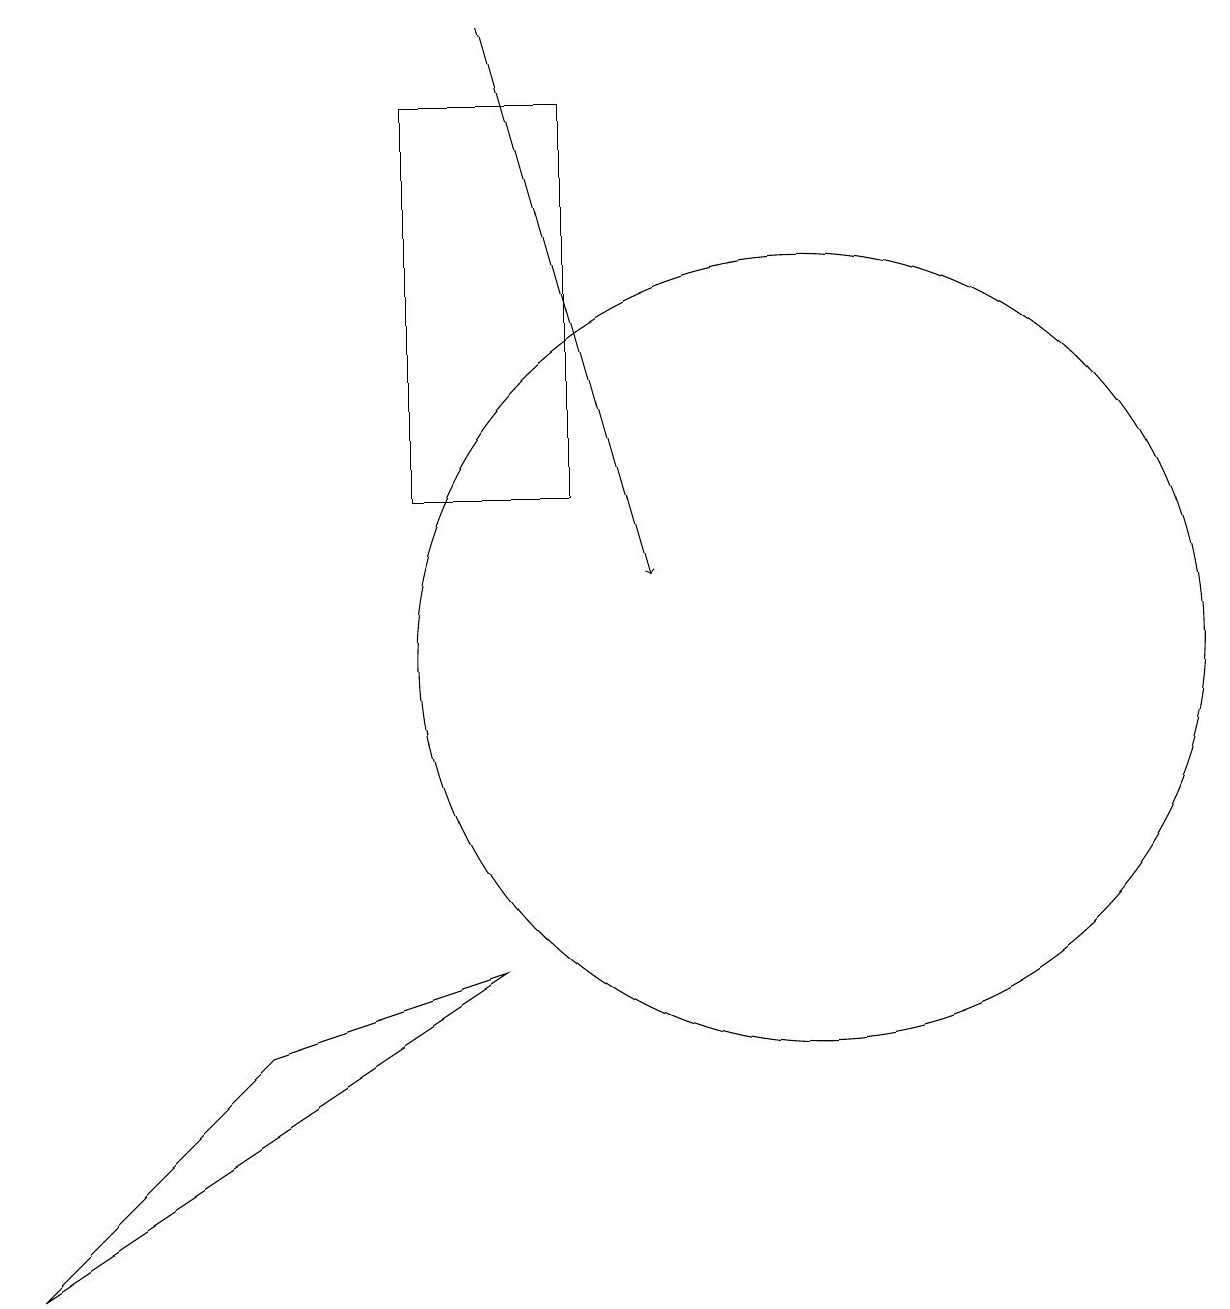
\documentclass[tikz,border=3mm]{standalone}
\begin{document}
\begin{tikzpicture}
\draw (6,6) -- (0,2) -- (3,5) -- cycle;
\draw (10,10) circle (5);
\draw[->] (6,18) -- (8,11);
\draw (5,12) rectangle (7,17);
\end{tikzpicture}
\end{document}